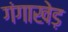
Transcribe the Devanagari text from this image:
गंगाखेड़